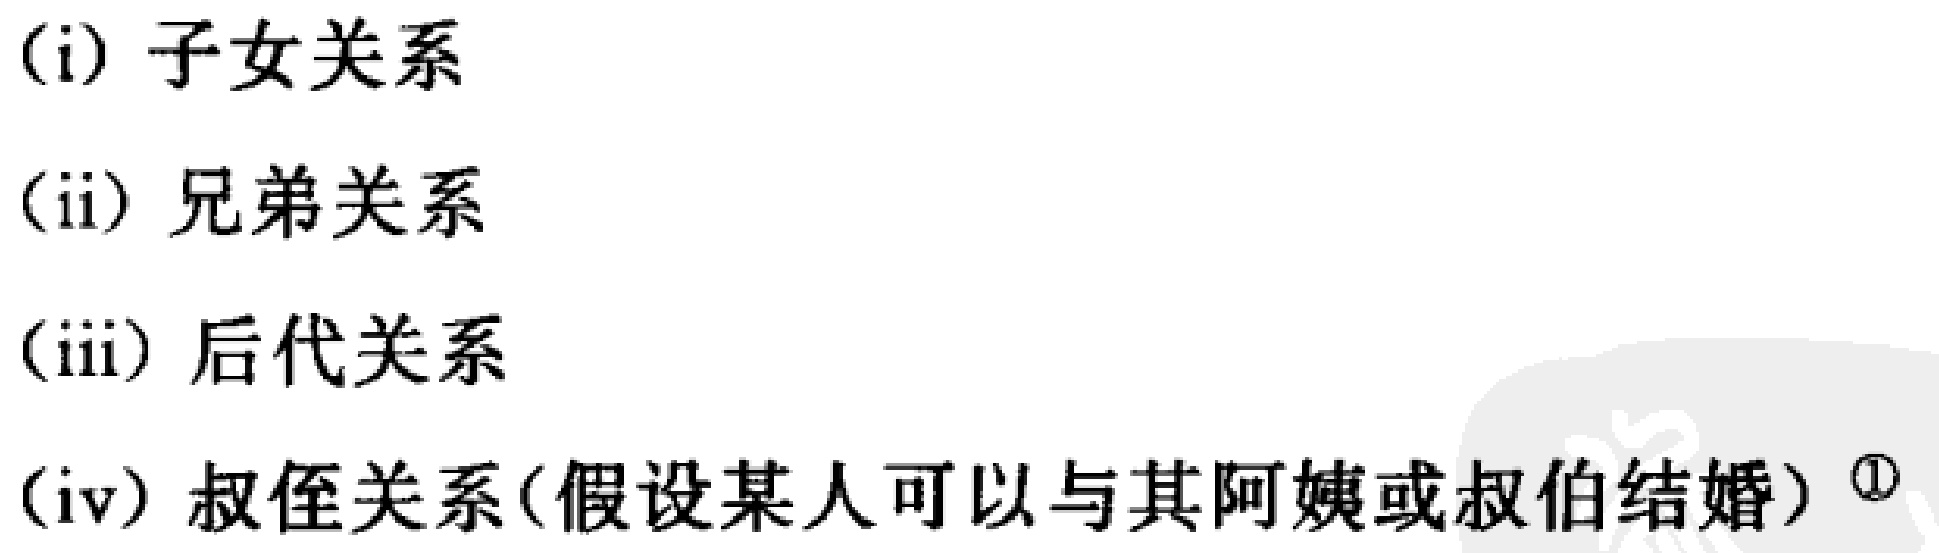
(i) 子女关系

(ii) 兄弟关系

(iii) 后代关系

(iv) 叔侄关系(假设某人可以与其阿姨或叔伯结婚) ¹